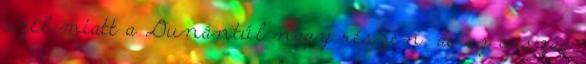
szél miatt a Dunántúl nagy részén, de az ország